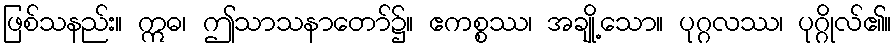
ဖြစ်သနည်း။ ဣဓ၊ ဤသာသနာတော်၌။ ဧကစ္စဿ၊ အချို့သော။ ပုဂ္ဂလဿ၊ ပုဂ္ဂိုလ်၏။